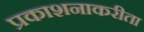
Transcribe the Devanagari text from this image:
प्रकाशनाकरीता